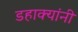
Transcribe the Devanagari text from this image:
डहाक्यांनी